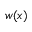
w ( x )